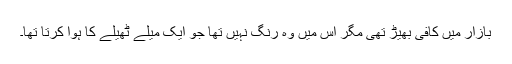
بازار میں کافی بھیڑ تھی مگر اس میں وہ رنگ نہیں تھا جو ایک میلے ٹھیلے کا ہوا کرتا تھا۔